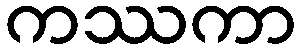
ကဿကာ